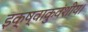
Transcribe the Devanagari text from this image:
इक्ष्वाकुवंशीय।